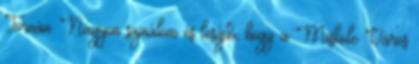
Tornán. Nagyon sajnálom és lesújtó, hogy a Miskolc Város